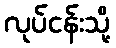
လုပ်ငန်းသို့